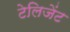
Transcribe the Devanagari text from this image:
टेलिजेंट